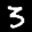
Label: 3